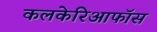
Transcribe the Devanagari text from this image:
कलकेरिआफॉस